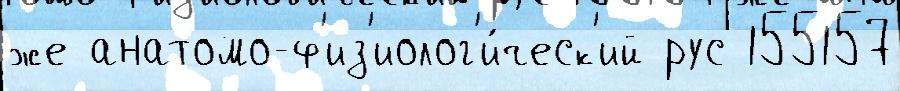
же анатомо-ф'из'иолог'и́ческ'ий рус 155157